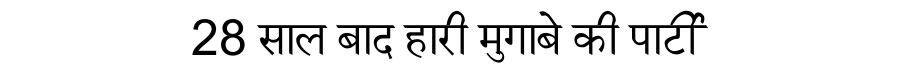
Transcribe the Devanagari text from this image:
28 साल बाद हारी मुगाबे की पार्टी